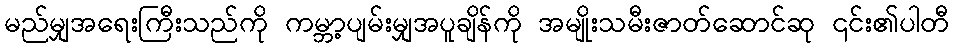
မည်မျှအရေးကြီးသည်ကို ကမ္ဘာ့ပျမ်းမျှအပူချိန်ကို အမျိုးသမီးဇာတ်ဆောင်ဆု ၎င်း၏ပါတီ